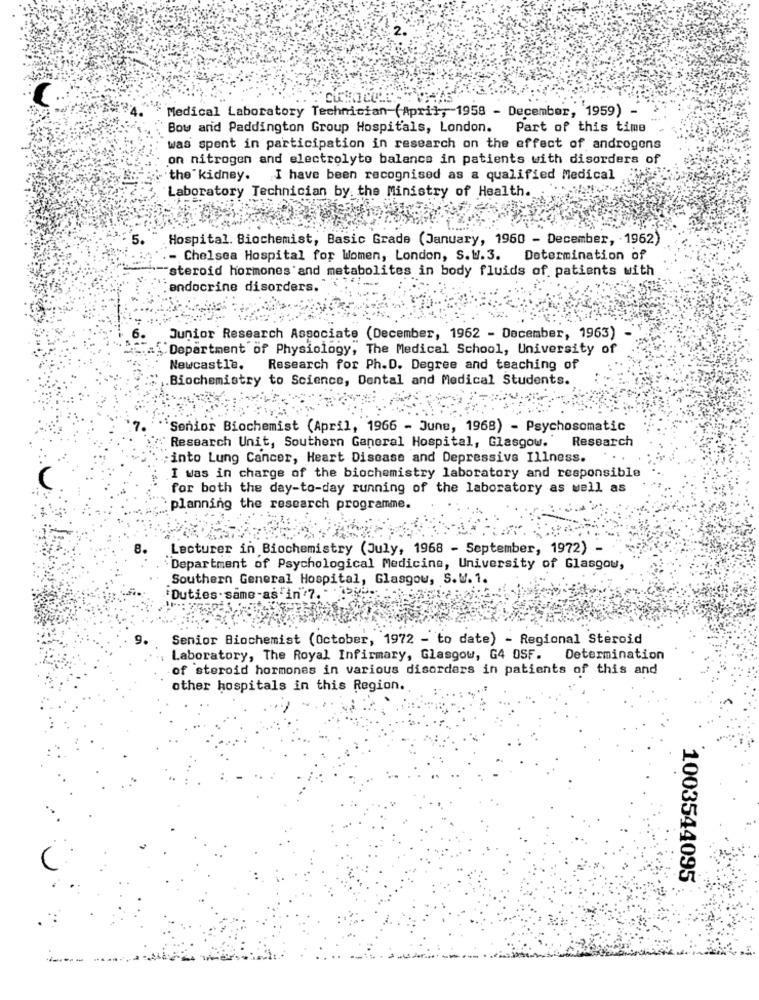
Medical Laboratory Technician (April, 1958 - December, 1959)
Bow and Paddington Group Hospitals, London. Part of this time
was spent in participation in research on the effect of androgens
on nitrogen and electrolyte balance in patients with disorders of
the kidney. I have been recognised as a qualified Medical
Laboratory Technician by the Ministry of Health
Hospital. Biochemist, Basic Grade (January, 1960 - December, . 1962)
- Chelsea Hospital for Women, London, S.W.3.
Determination of
"steroid hormones and metabolites in body fluids of patients with
endocrine disorders.
Junior Research Associate (December, 1962 - December, 1963)
"Department of Physiology, The Medical School, University of
Newcastle.
Research for Ph.D. Degree and teaching of
Biochemistry to Science, Dental and Medical Students.
`Senior Biochemist (April, 1966 - June, 1968) - Psychosomatic
Research
" Research Unit, Southern General Hospital, Glasgow.
;into Lung Cancer, Heart Disease and Depressive Illness.
I was in charge of the biochemistry laboratory and responsible
for both the day-to-day running of the laboratory as well as
planning the research programme.
Lecturer in Biochemistry (July, 1968 - September, 1972) -
Department of Psychological Medicine, University of Glasgow,
Southern General Hospital, Glasgow, S.W. 1.
Duties . same-as'in"7. - .:
9.
Senior Biochemist (October, 1972 - to date) - Regional Steroid
Laboratory, The Royal Infirmary, Glasgow, G4 OSF. Determination
of steroid hormones in various disorders in patients of this and
other hospitals in this Region.
1003544095